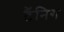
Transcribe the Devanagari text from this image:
टैंनिग